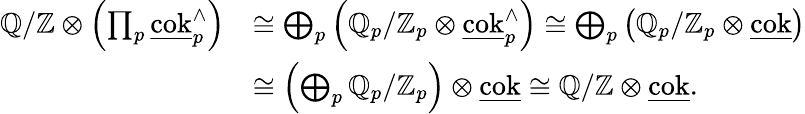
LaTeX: \begin{array}{rl}{\mathbb{Q}/\mathbb{Z}\otimes\left(\prod_{p}\underline{{\mathrm{cok}}}_{p}^{\wedge}\right)}&{\cong\bigoplus_{p}\left(\mathbb{Q}_{p}/\mathbb{Z}_{p}\otimes\underline{{\mathrm{cok}}}_{p}^{\wedge}\right)\cong\bigoplus_{p}\left(\mathbb{Q}_{p}/\mathbb{Z}_{p}\otimes\underline{{\mathrm{cok}}}\right)}\\ &{\cong\left(\bigoplus_{p}\mathbb{Q}_{p}/\mathbb{Z}_{p}\right)\otimes\underline{{\mathrm{cok}}}\cong\mathbb{Q}/\mathbb{Z}\otimes\underline{{\mathrm{cok}}}.}\end{array}